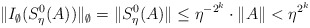
\begin{align*}\| I_\emptyset(S_\eta^0(A))\|_\emptyset = \|S_\eta^0(A)\| \leq \eta^{-2^k} \cdot \|A\| < \eta^{2^k}\end{align*}